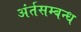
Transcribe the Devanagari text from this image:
अंर्तसम्बन्ध